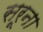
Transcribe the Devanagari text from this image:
सरूना